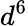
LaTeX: d^{6}